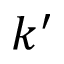
k ^ { \prime }